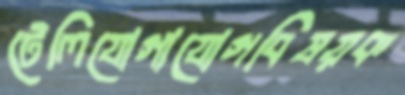
টেলিযোগাযোগবিষয়ক